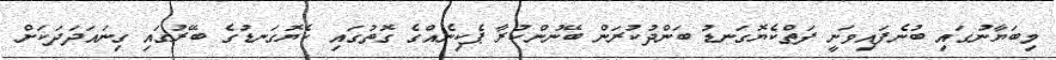
މިބަޔާނުގައި ބުނެފައިވަނީ ފަތްކެޔޮގަނޑު ބަންދުކުރަން ބޭނުންކުރާ ޕެކިނެއްގެ ގޮތުގައި ކެޔޮގަނޑުގެ ބޭރުގައި ގިނައަދަދަކަށް